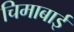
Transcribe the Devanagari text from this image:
चिमाबाई